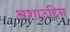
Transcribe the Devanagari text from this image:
अशाउद्दिन